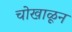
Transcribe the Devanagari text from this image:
चोखाळून